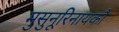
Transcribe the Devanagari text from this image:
मुसुनूरिनायकौ